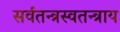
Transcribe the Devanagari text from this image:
सर्वतन्त्रस्वतन्त्राय